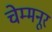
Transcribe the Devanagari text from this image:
चेम्मनूर